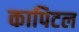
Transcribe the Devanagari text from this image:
कापिटल